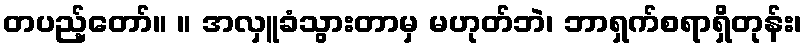
တပည့်တော်။ ။ အလှူခံသွားတာမှ မဟုတ်ဘဲ၊ ဘာရှက်စရာရှိတုန်း၊